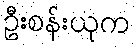
ဦးစန်းယုက